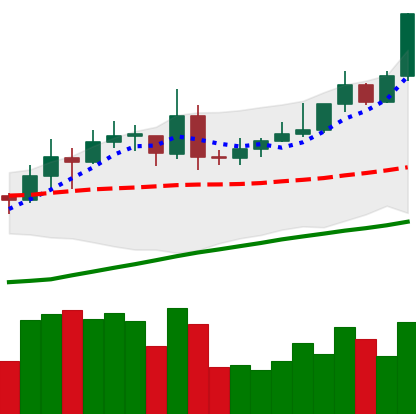
Ticker: XMR-USD
Chart end date: 2020-07-26
Forward return: 8.368%
Label: up_7plus